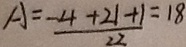
A = \frac { - 4 + 2 1 + 1 } { 2 2 } = 1 8